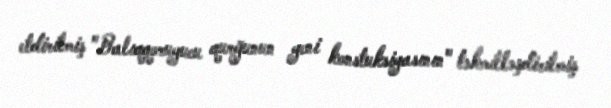
etdirilmiş "Balıqqoruyucu qurğunun yeni konstuksiyasının" təkmilləşdirilmiş